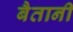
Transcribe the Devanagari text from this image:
बैतानी